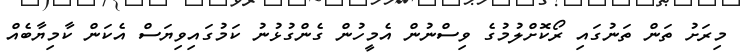
މިރަށު ތަން ތަނުގައި ރޯކޮށްލުމުގެ ވިސްނުން އެމީހުން ގެންގުޅުނު ކަމުގައިވިޔަސް އެކަން ކާމިޔާބެއް